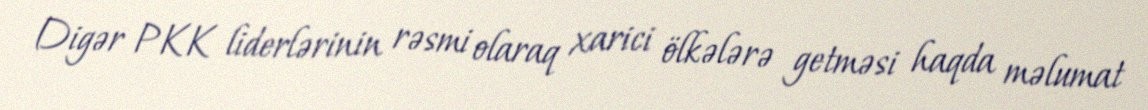
Digər PKK liderlərinin rəsmi olaraq xarici ölkələrə getməsi haqda məlumat